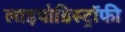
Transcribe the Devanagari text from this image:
लाइपोडिस्ट्रॉफी